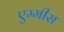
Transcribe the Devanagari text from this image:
एम्मीस